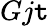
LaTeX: Gj\mathtt{t}